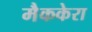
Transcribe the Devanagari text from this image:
मैककेरा